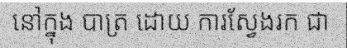
នៅក្នុង បាត្រ ដោយ ការស្វែងរក ជា